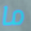
ما